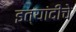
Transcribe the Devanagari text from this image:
इत्यांदींचे